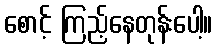
စောင့် ကြည့်နေတုန်းပေါ့။